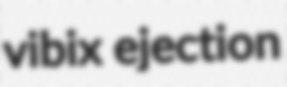
vibix ejection